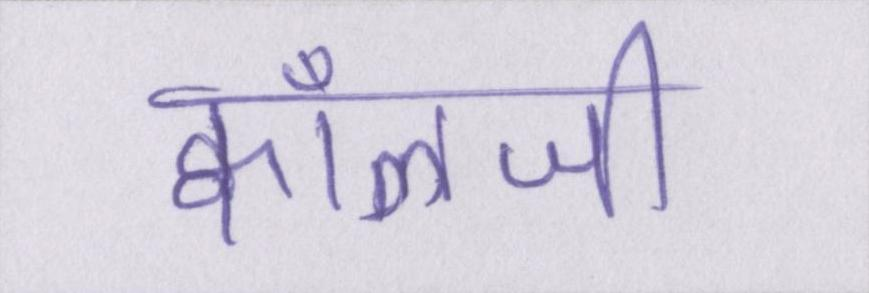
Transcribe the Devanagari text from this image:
क्वाँळजी